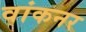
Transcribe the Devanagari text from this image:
वांकनर